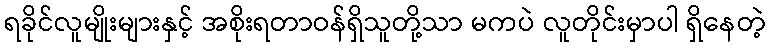
ရခိုင်လူမျိုးများနှင့် အစိုးရတာဝန်ရှိသူတို့သာ မကပဲ လူတိုင်းမှာပါ ရှိနေတဲ့